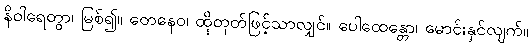
နိဝါရေတွာ၊ မြစ်၍။ တေနေဝ၊ ထိုတုတ်ဖြင့်သာလျှင်။ ပေါထေန္တော၊ မောင်းနှင်လျက်။